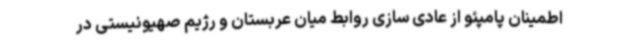
اطمینان پامپئو از عادی سازی روابط میان عربستان و رژیم صهیونیستی در